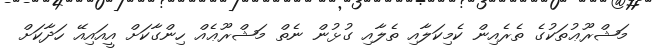
މަޝްރޫޢުތަކުގެ ތެރެއިން ކެމިކަލާއި ތެލާއި ގުޅުން ނެތް މަޝްރޫޢެއް ހިންގާކަށް އީއައިއޭ ހަދާކަށް